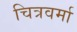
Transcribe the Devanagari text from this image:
चित्रवर्मा